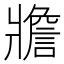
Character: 𤖝